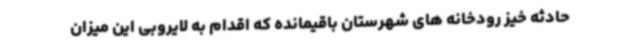
حادثه خیز رودخانه های شهرستان باقیمانده که اقدام به لایروبی این میزان